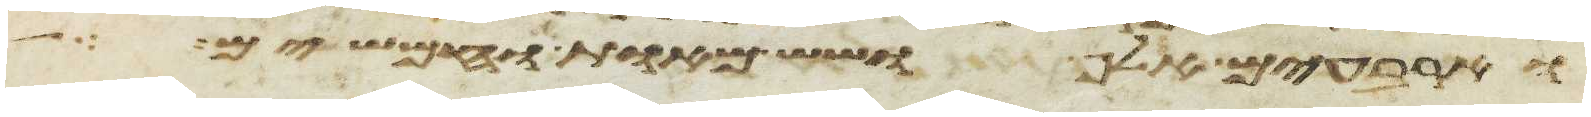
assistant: וארבעים אלף ושש מאות וחמשים